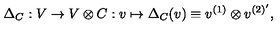
\Delta _ { C } : V \rightarrow V \otimes C : v \mapsto \Delta _ { C } ( v ) \equiv v ^ { ( 1 ) } \otimes v ^ { ( 2 ) ^ { \prime } } ,